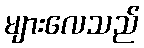
များလေသည်